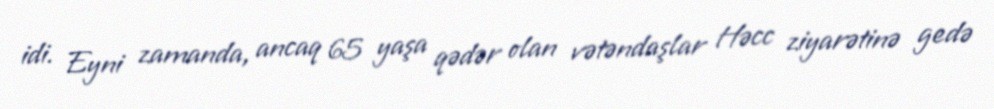
idi. Eyni zamanda, ancaq 65 yaşa qədər olan vətəndaşlar Həcc ziyarətinə gedə